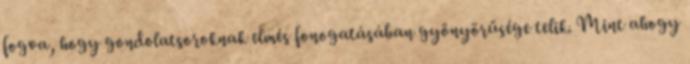
fogva, hogy gondolatsoroknak elmés fonogatásában gyönyörűsége telik. Mint ahogy